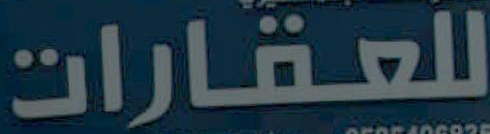
للعقارات